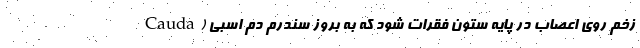
زخم روی اعصاب در پایه ستون فقرات شود که به بروز سندرم دم اسبی (Cauda